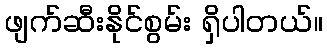
ဖျက်ဆီးနိုင်စွမ်း ရှိပါတယ်။